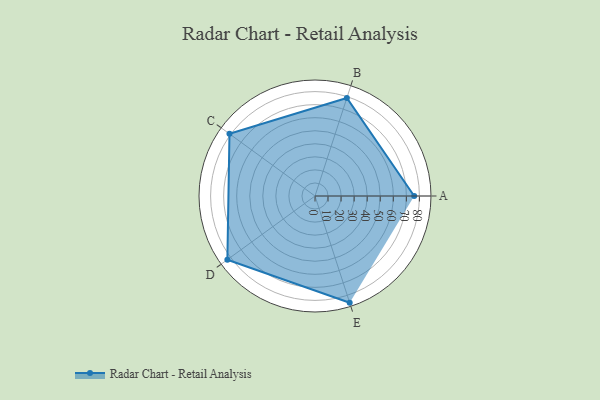
{"axis": {"x": "Skill", "y": "Score"}, "legend": ["Profile"], "data": [{"x": "A", "y": 76.0, "type": "Profile"}, {"x": "B", "y": 79.0, "type": "Profile"}, {"x": "C", "y": 81.0, "type": "Profile"}, {"x": "D", "y": 83.0, "type": "Profile"}, {"x": "E", "y": 86.0, "type": "Profile"}]}